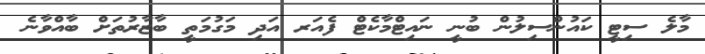
މާލެ ސިޓީ ކައުންސިލުން ބުނީ ނައިޓްމާކެޓް ފެއަރ އަދި މަގުމަތީ ބާޒާރުތަށް ބާއްވާނެ